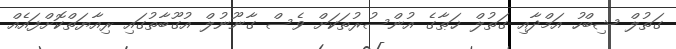
ގަތުލް ޝިބްހު އަމްދާއި ގަތުލް ޚަޠާގެ އުންސުރުތަކަށް ވެސް ގާނޫނުލް އުގޫބާތުގައި ރިއާޔަތްކޮށްފައެއް